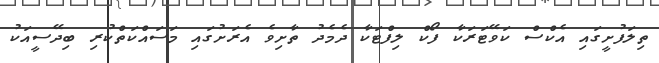
ތިލަފުށީގައި އެކްސް ކަވޭޓަރަކާ ފޯކް ލިފްޓަކާ ދެމެދު ތާށިވެ އެރަށުގައި މަސައްކަތްކުރި ބިދޭސީއަކު